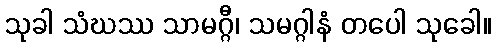
သုခါ သံဃဿ သာမဂ္ဂီ၊ သမဂ္ဂါနံ တပေါ သုခေါ။